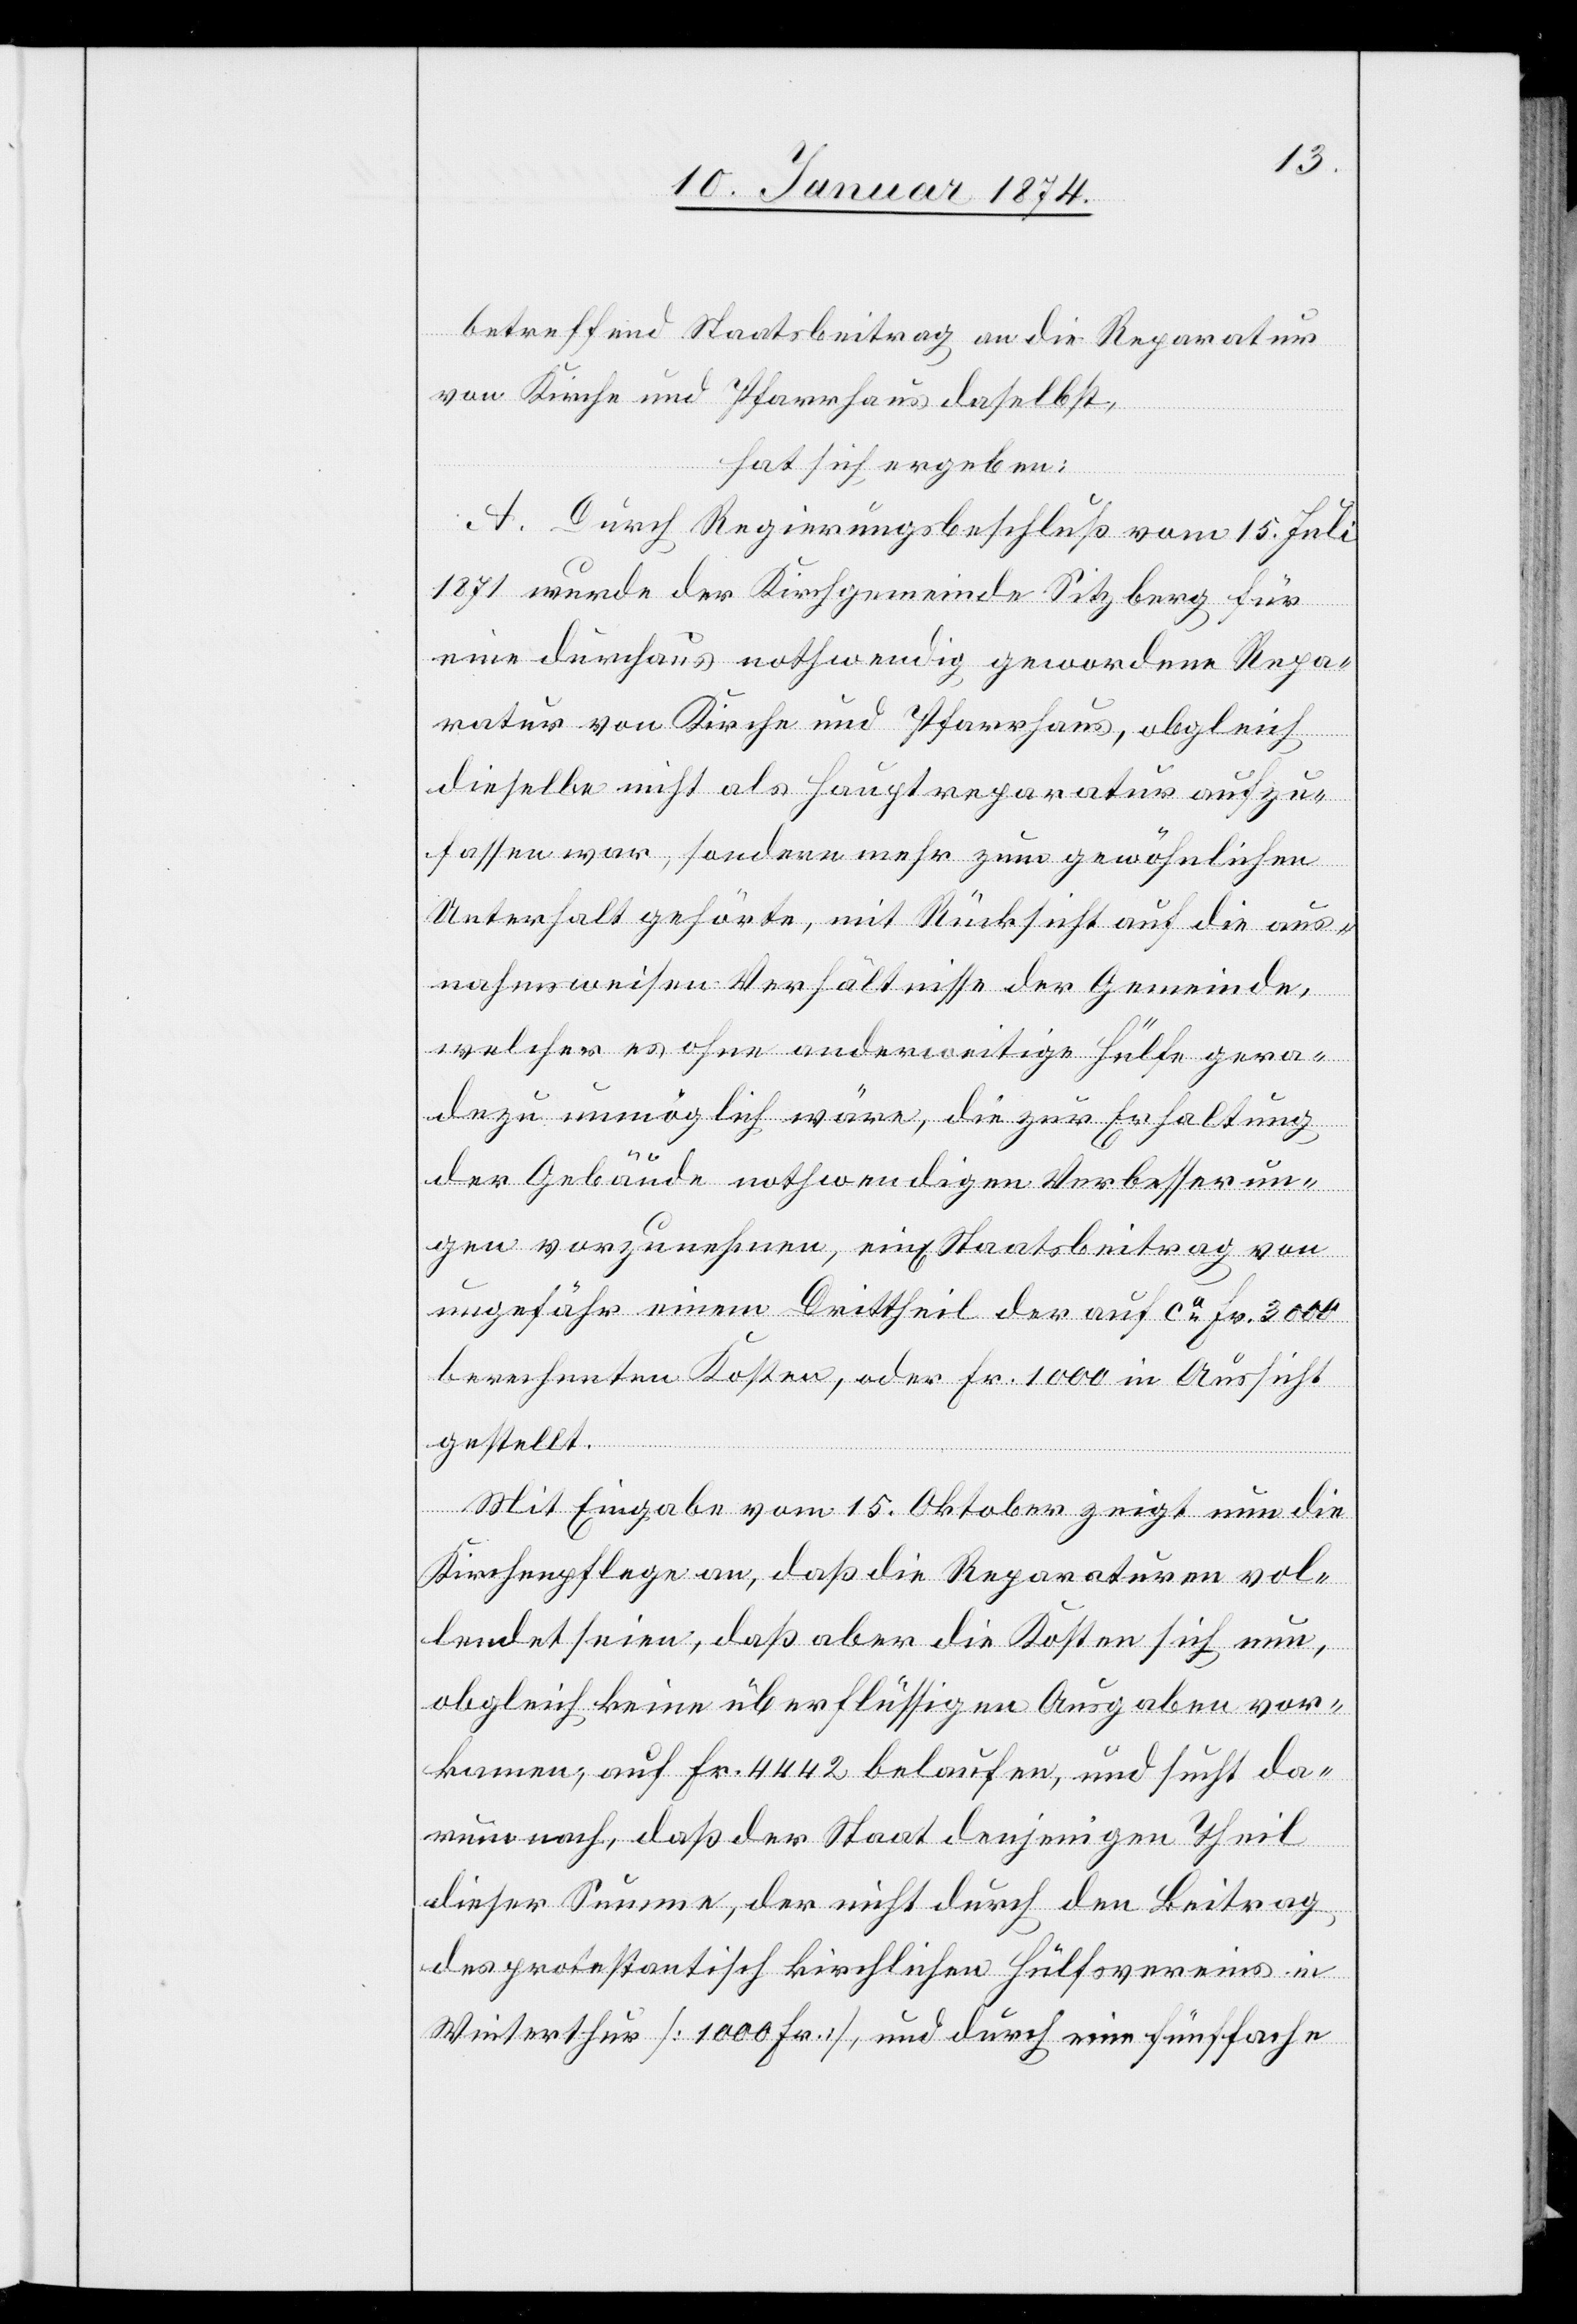
nun,

betreffend Staatsbeitrag an die Reparatur
von Kirche und Pfarrhaus daselbst,
hat sich ergeben:
A. Durch Regierungsbeschluß vom 15. Juli
1871 wurde der Kirchgemeinde Sitzberg für
eine durchaus nothwendig gewordene Repa¬
ratur von Kirche und Pfarrhaus, obgleich
dieselbe nicht als Hauptreparatur aufzu¬
fassen war, sondern mehr zum gewöhnlichen
Unterhalt gehörte, mit Rücksicht auf die aus¬
nahmsweisen Verhältnisse der Gemeinde,
welches es ohne anderweitige Hülfe gera¬
dezu unmögliche wäre, die zur Erhaltung
der Gebäude nothwendigen Verbesserun¬
gen vorzunehmen, ein Staatsbeitrag von
ungefähr einem Drittheil der auf ca Fr. 3000
berechneten Kosten, oder Fr. 1000 in Aussicht
gestellt.
Mit Eingabe vom 15. Oktober zeigt nun die
obgleich keine überflüssigen Ausgaben vor¬
kommen, auf Fr. 4442 belaufen, und sucht da¬
rum nach, daß der Staat denjenigen Theil
dieser Summe, der nicht durch den Beitrag
des protestantisch kirchlichen Hülfsvereins in
Winterthur [1000 Fr.], und durch eine fünffache